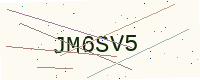
Text: JM6SV5